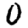
Digit: 0